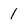
Character: 1